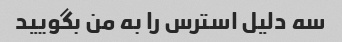
سه دلیل استرس را به من بگویید